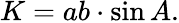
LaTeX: K=ab\cdot\sin{A}.